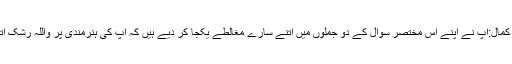
اجمل کمال:آپ نے اپنے اس مختصر سوال کے دو جملوں میں اتنے سارے مغالطے یکجا کر دیے ہیں کہ آپ کی ہنرمندی پر واللہ رشک آتا ہے۔